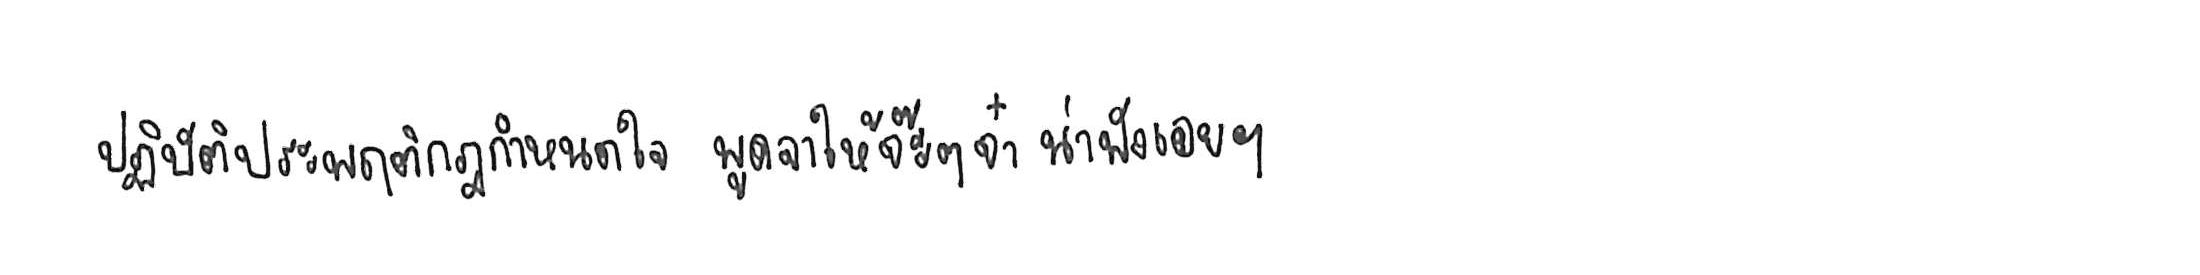
ปฏิบัติประพฤติกฎกำหนดใจ พูดจาให้จ๊ะๆ จ๋า น่าฟังเอยฯ